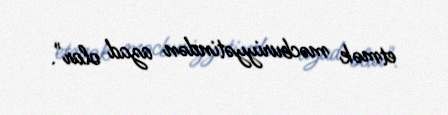
etmək məcburiyyətindən azad olar".